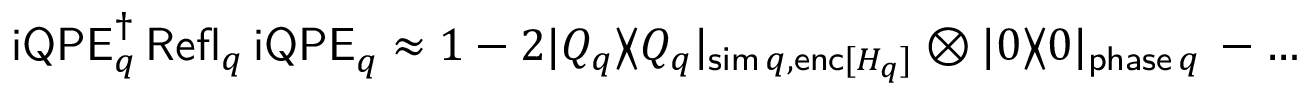
\begin{array} { r } { \mathsf { i Q P E } _ { q } ^ { \dagger } \, \mathsf { R e f l } _ { q } ^ { \phantom { \dagger } } \, \mathsf { i Q P E } _ { q } ^ { \phantom { \dagger } } \approx 1 - 2 | Q _ { q } \rangle \! \langle Q _ { q } | _ { \mathsf { s i m } \, q , \mathsf { e n c } [ H _ { q } ] } \otimes | \boldsymbol { 0 } \rangle \! \langle \boldsymbol { 0 } | _ { \mathsf { p h a s e } \, q } \, - \dots } \end{array}